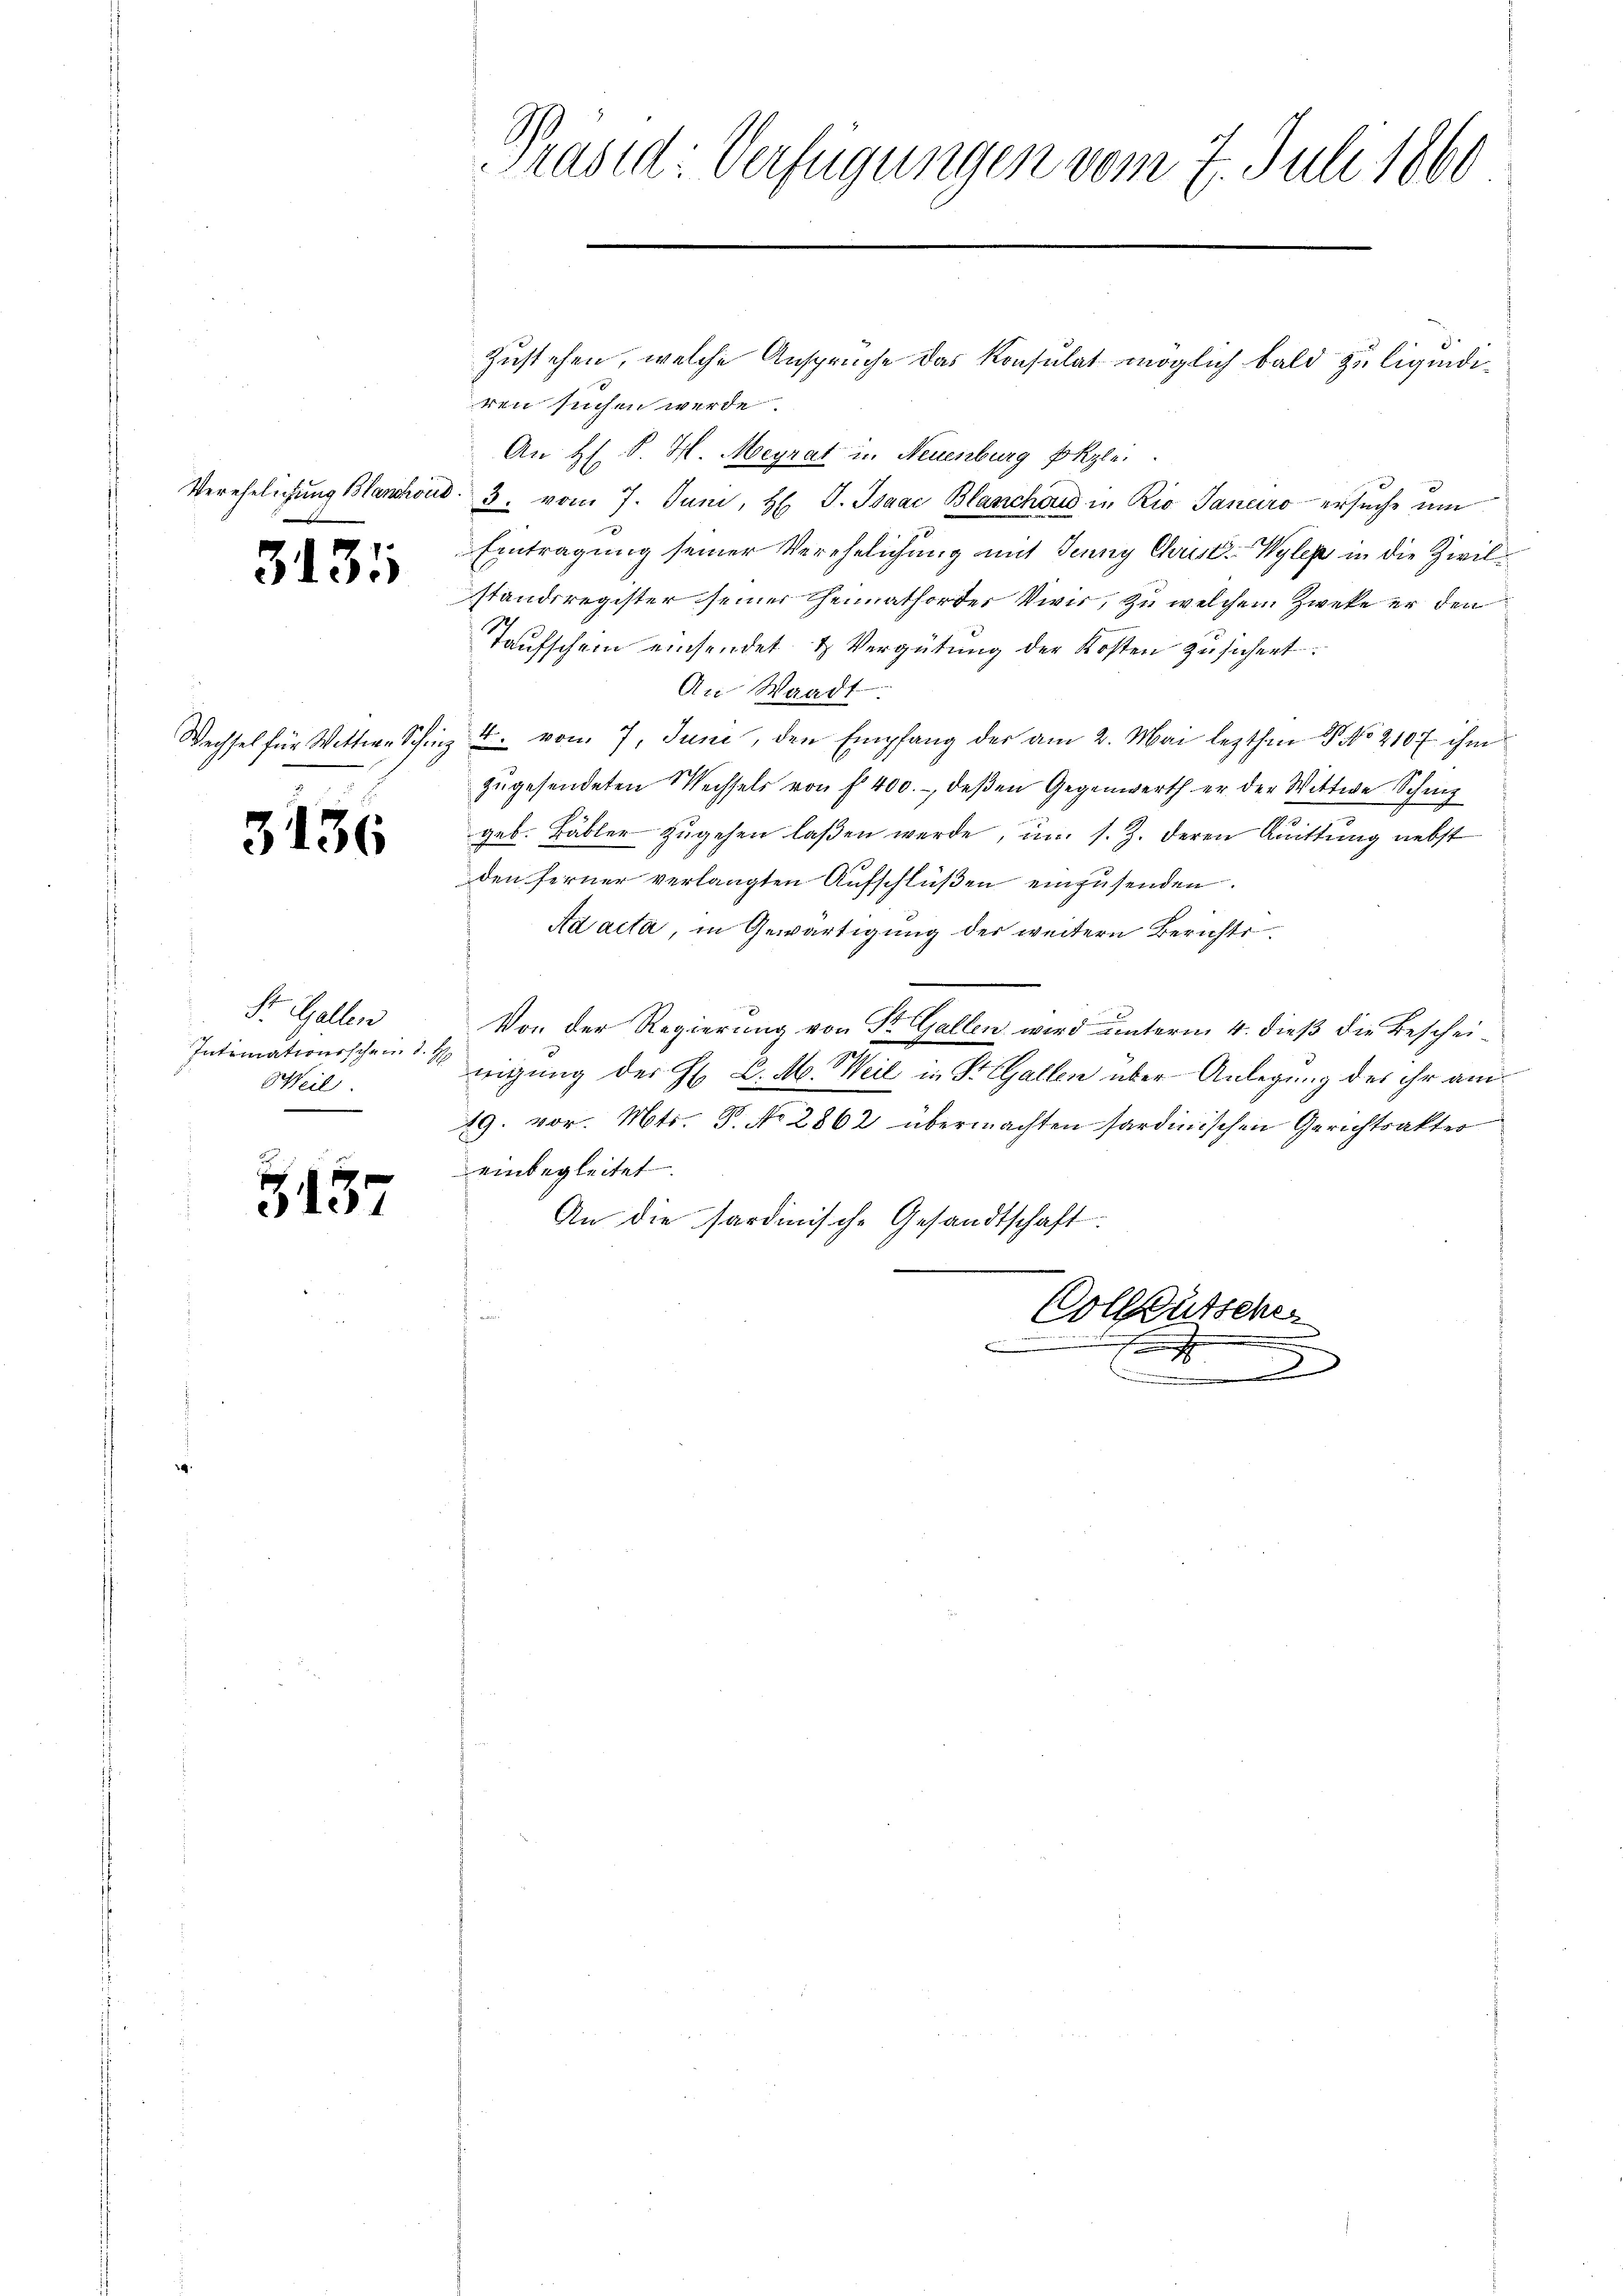
Verehelichung Blanchoud.
1

3131

3136

St. Gallen
Intimationsschein d.
Weil.

s
137

Präsid: Verfügungen vom 7. Juli 1860

Zustehen, welche Ansprüche das Konsulat möglich bald zu liquidiren suchen werde.
An Hl. S. H. Meyrat in Neuenburg Ekzle
3. vom 7. Juni, H. J. Isaac Blasschon in Rio Sanaro ersuche um
Eintragung seiner Verehelichung mit Jenny Christ.- Wylep in die Zivilstandsregister seiner Heimatforder Vivis, zu welchem Zweke er den
Taufschein einsendet & Vergütung der Kosten zusichert.
An Waadt
Wechsel für Wittwe Schinz u. vom 7. Juni, den Empfang der am 2. Mai lezten V NNo. 2107 ihm
zugesendeten Wechsels von f 400.-, deßen Gegenwerth er der Wittwe Schi
geb. Bäbler zugehen laßen werde, um s. Z. deren Quittung nebst
den ferner verlangten Aufschlüßen einzusenden.
Ad acta, in Gewärtigung der weitern Berichts¬
Von der Regierung von St. Gallen wird unterm 4. dieß die Bescheinigung der H. C. M. Weil in St. Gallen über Anlegung des ihr am
19. vor. Mts. P. No 2862 übermachten sardinischen Gerichtsakter
einbegleitet.
An die sardinische Gesandtschaft:
e
t
Colleütsche

.